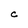
Character: C